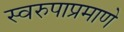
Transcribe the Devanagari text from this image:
स्वरुपाप्रमाणे